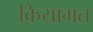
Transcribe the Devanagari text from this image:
क़ियामत